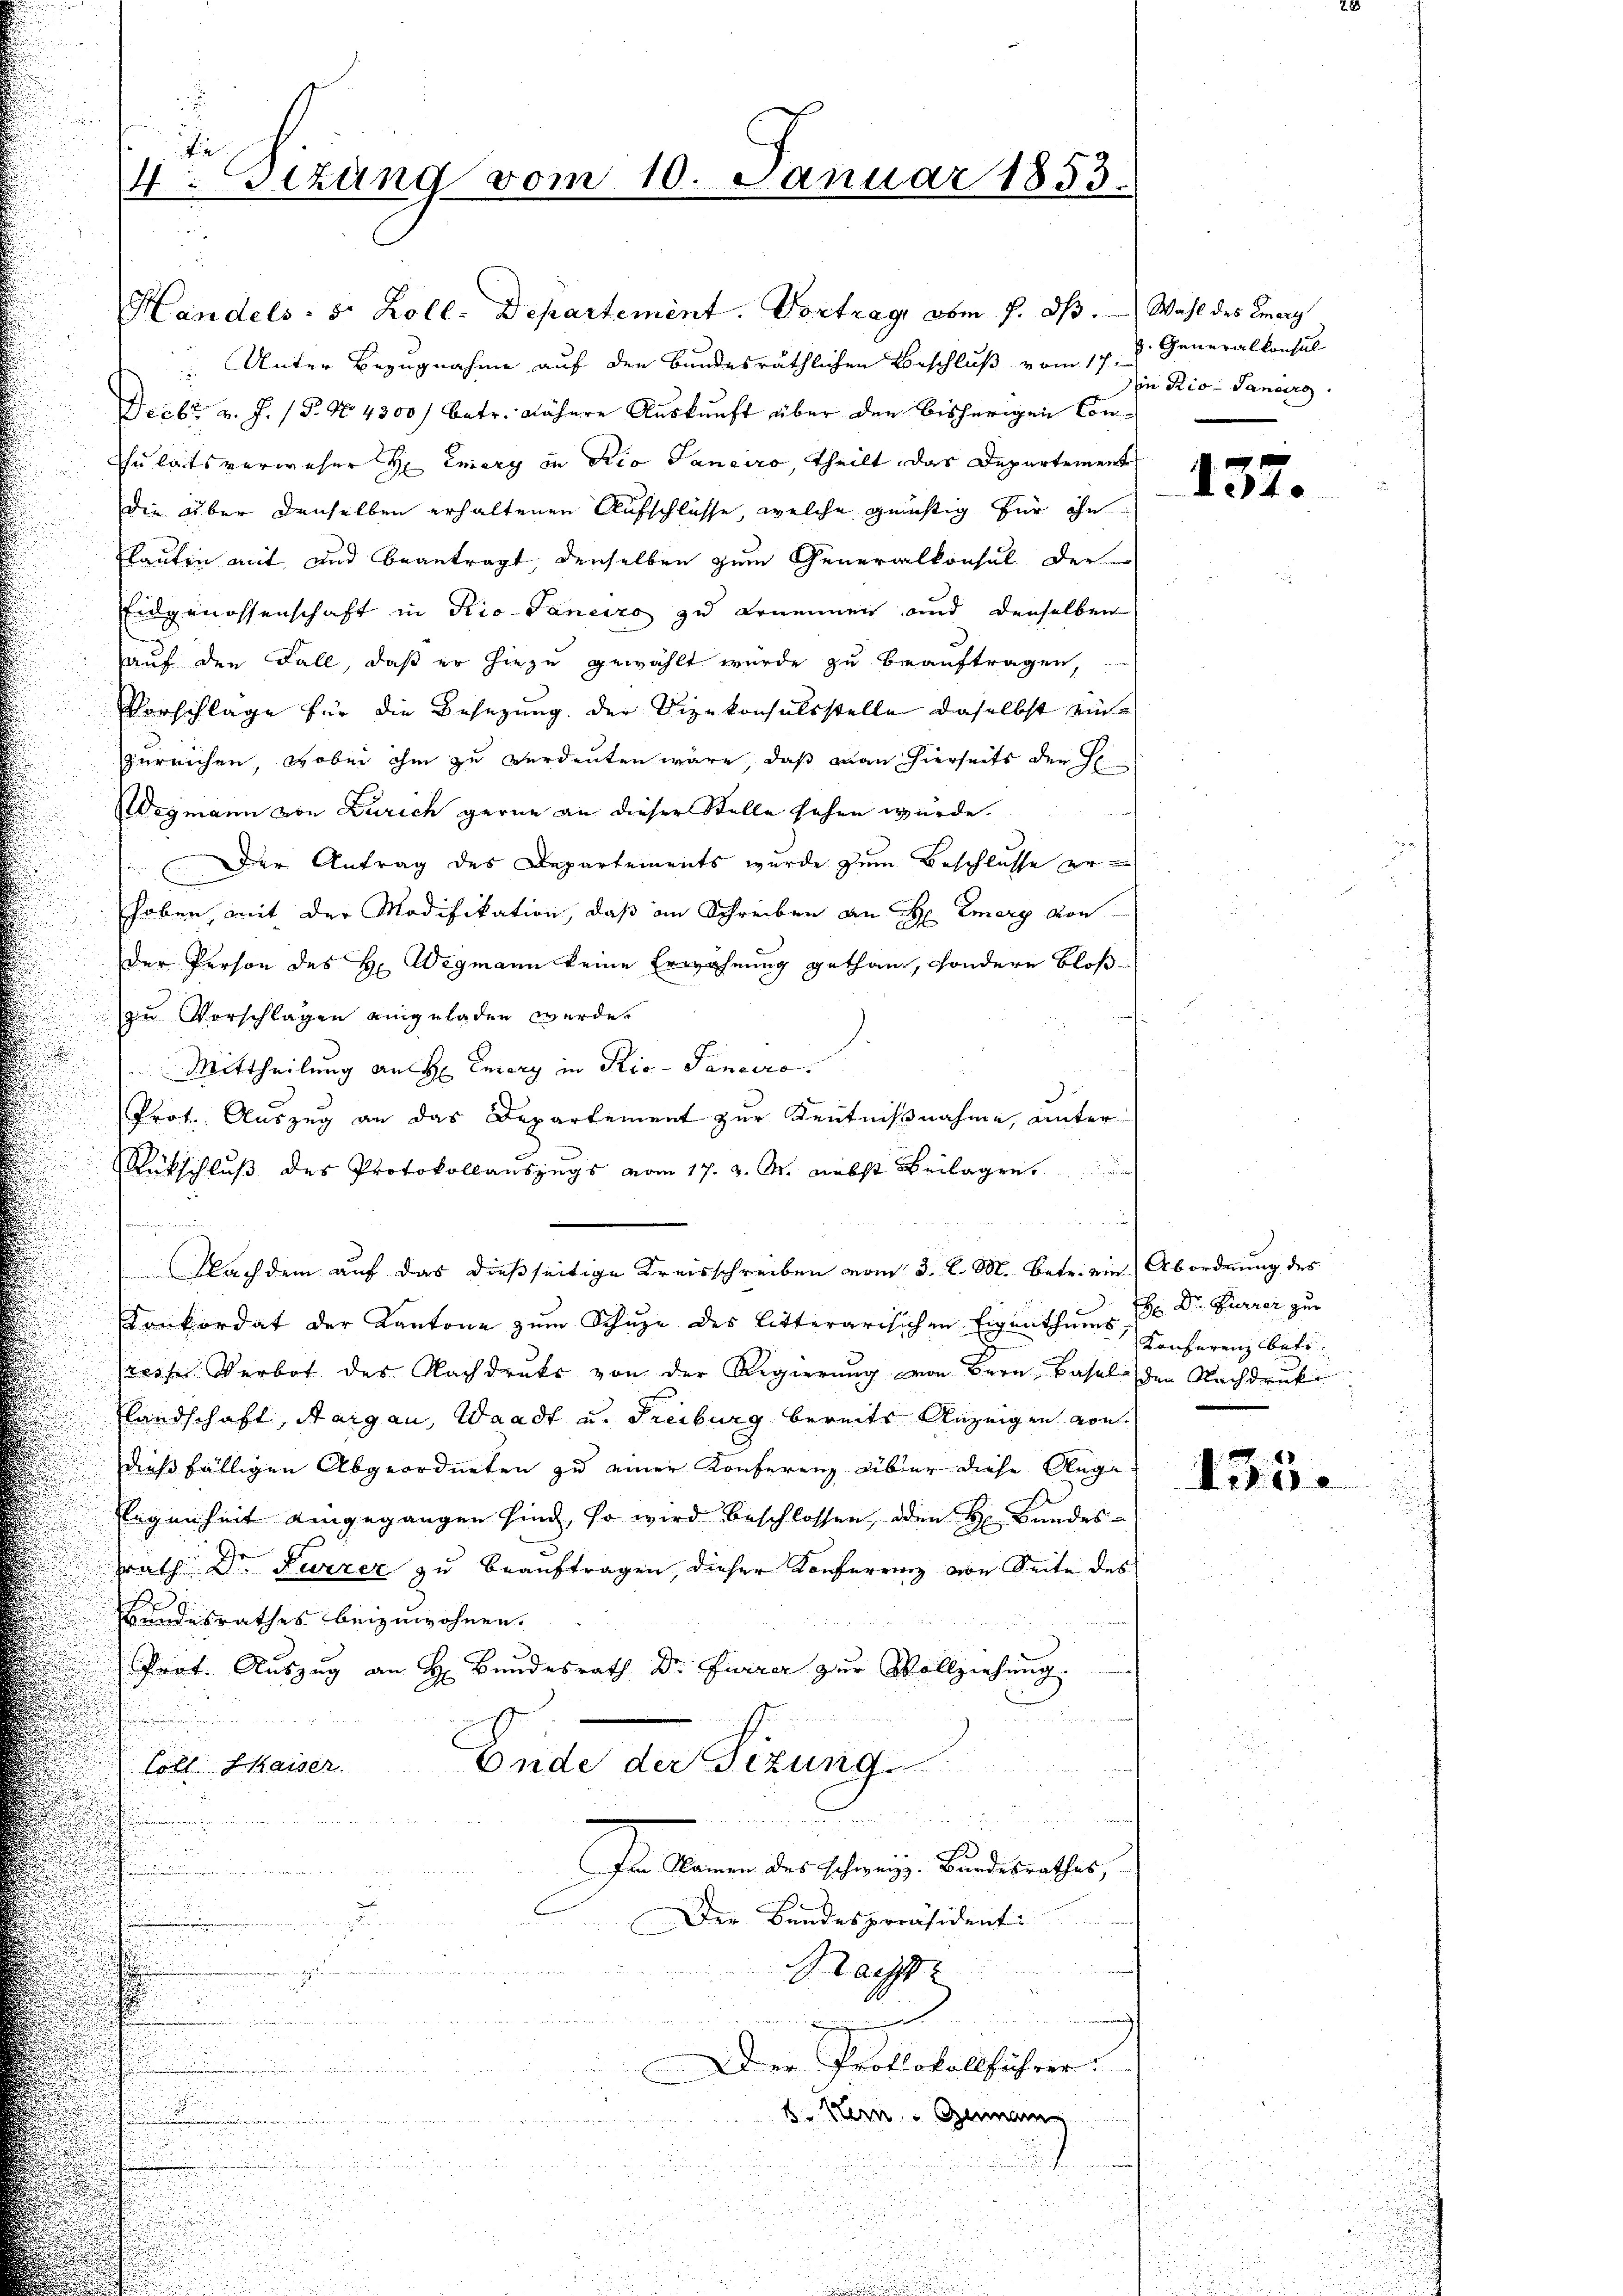
.
fie
4. Sizung vom 10. Januar 1853.

Handels- 5. Koll. Departement. Vortrag vom 7. ds. Wahl des Emerg

Unter Bezugnahme auf den Bundesräthlichen Beschluß vom 17. d. Generalkonsul
Decbr v. J. P. No. 4300) betr. Nähere Auskunft über den bisherigen Consulats verweser H Enery in Rio Sanciro, theilt, das Departement
die über denselben erhaltenen Aufschlüsse, welche geistig für ihn
lauten mit und beantragt, denselben zum Generalkonsul der
Eidgenossenschaft in Rio-Taneiro zu Brummen und denselben
auf den Fall, daß er hiezu gewählt wurde zu beauftragen,
Vorschläge für die Besezung der Vizekonsulsstelle daselbst einzureichen, wobei ihm zu verdeuten wäre, daß man hierseits der H
Wegmann von Zürich gerne an dieser Stelle sehen würde.
Der Antrag des Departements wurde zum Beschlusse erhaben, mit der Modifikation, daß im Schreiben an H. Emery von
der Person des H. Wegmann keine Erwähnung gethan, sondern bloß
zu Vorschlagen eingeladen werde.
.
Mittheilung an H Emory in Rio - Panciro.
3
Prot. Auszug an das Departement zur Kenntnißnahme, unter
Rückschluß des Protokollauszugs vom 17. d. M. nebst Beilagen.
x
Nach dem auf das dießseitige Kreisschreiben vom 3. l. M. betri ein Abordnung des
Konkordat der Kantone zum Schuze des litterarisichen Eigenthums 11 Dr. Furrer zur
sarche Verbot des Nachdrucks von der Regierung von Bern Basel den Nachdruck
Elandschaft, Aargau, Waadt u. Freiburg bereits Anzeigen von
dießfälligen Abgeordneten zu einer Konferenz über diese Auge
legenheit eingegangen sind, so wird beschlossen, oder H. Bandes-
rrath Dr. Furrer zu beauftragen, dieser Konferrenz von Seite des
s
Bundesrathes beizuwohnen.
Prot. Auszug an H. Bundesrath Dr. Furrer zur Vollziehung.

Ende der Sitzung
Coll. Kaiser
Im Namen des Schweiz. Bundesrathes,
Der Bundespräsident
Macht
Der Protokollführer
b. Mein Gemain

Iin Rio- Sanderg

137.

Konferenz betr.

435.